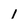
Character: 1